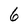
Character: 6